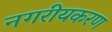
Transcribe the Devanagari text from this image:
नगरीयकरण